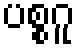
ပစ္စဂူ